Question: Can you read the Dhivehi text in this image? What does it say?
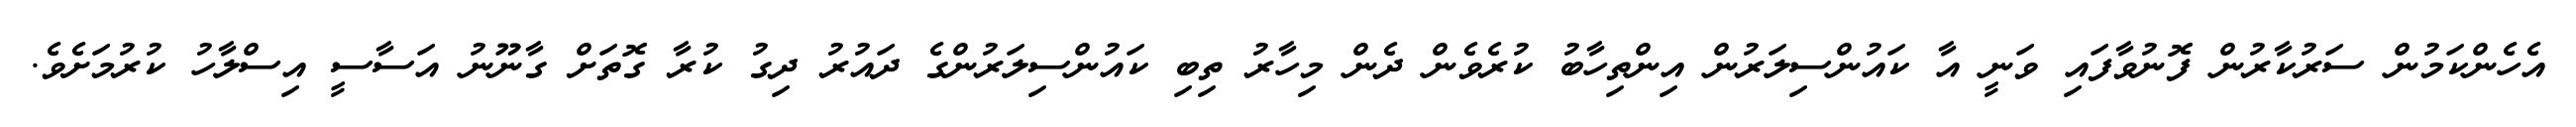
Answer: އެހެންކަމުން ސަރުކާރުން ފޮނުވާފައި ވަނީ އާ ކައުންސިލަރުން އިންތިހާބު ކުރެވެން ދެން މިހާރު ތިބި ކައުންސިލަރުންގެ ދައުރު ދިގު ކުރާ ގޮތަށް ގާނޫނު އަސާސީ އިސްލާހު ކުރުމަށެވެ.